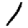
Digit: 1